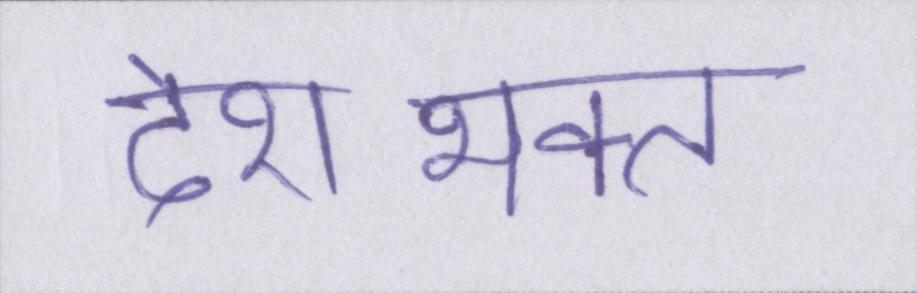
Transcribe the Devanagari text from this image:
देशभक्त